Sketch of the medical history of the native army of Bombay, for the year
Year: 1876
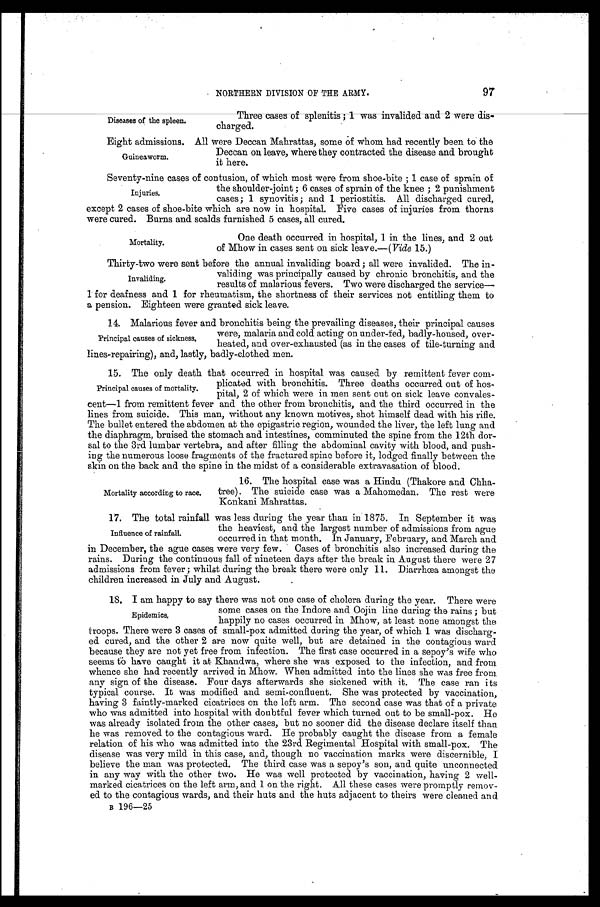
Diseases of the spleen.
Eight admissions.
Guineaworm.
NORTHERN DIVISION OF THE ARMY.
97
Three cases of splenitis; 1 was invalided and 2 were dis- charged.
All were Deccan Mahrattas, some of whom had recently been to the
Deccan on leave, where they contracted the disease and brought
it here.
Seventy-nine cases of contusion, of which most were from shoe-bite; I case of sprain of
the shoulder-joint; 6 cases of sprain of the knee; 2 punishment
cases; 1 synovitis; and 1 periostitis. All discharged cured,
except 2 cases of shoe-bite which are now in hospital. Five cases of injuries from thorns
were cured. Burns and scalds furnished 5 cases, all cured.
Injuries.
Mortality.
One death occurred in hospital, 1 in the lines, and 2 out
of Mhow in cases sent on sick leave.—( Vide 15.)
Thirty-two were sent before the annual invaliding board; all were invalided. The in
-
validing was principally caused by chronic bronchitis, and the
results of malarious fevers. Two were discharged the service
1 for deafness and 1 for rheumatism, the shortness of their services not entitling them to
a pension. Eighteen were granted sick leave.
1 4 . M a l a r i o u s f e v e r a n d b r o n c h i t i s b e i n g t h e p r e v a i l i n g d i s e a s e s , t h e i r p r i n c i p a l c a u s e s
were, malaria and cold acting on under-fed, badly-housed, over
-heated, and over-exhausted (as in the cases of tile-turning and
lines-repairing), and, lastly, badly-clothed men.
15. The only death that occurred in hospital was caused by remittent fever com
-
plicated with bronchitis. Three deaths occurred out of hos
-
pital, 2 of which were in men sent out on sick leave convales
-cent—1 from remittent fever and the other from bronchitis, and the third occurred in the
lines from suicide. This man, without any known motives, shot himself dead with his rifle.
The bullet entered the abdomen at the epigastric region, wounded the liver, the left lung and
the diaphragm, bruised the stomach and intestines, comminuted the spine from the 12th dor
-sal to the 3rd lumbar vertebra, and after filling the abdominal cavity with blood, and push
-ing the numerous loose fragments of the fractured spine before it, lodged finally between the
skin on the back and the spine in the midst of a considerable extravasation of blood.
Invaliding.
Principal causes of sickness.
Principal causes of mortality.
Mortality according to race.
16. The hospital case was a Hindu (Thakore and Chha
-tree). The suicide case was a Mahomedan. The rest were
Konkani Mahrattas.
1 7 . T h e t o t a l r a i n f a l l w a s l e s s d u r i n g t h e y e a r t h a n i n 1 8 7 5 . I n S e p t e m b e r i t w a s
the heaviest, and the largest number of admissions from ague
occurred in that month. In January, February, and March and
in December, the ague cases were very few. Cases of bronchitis also increased during the
rains. During the continuous fall of nineteen days after the break in August there were 27
admissions from fever; whilst during the break there were only 11. Diarrhœa amongst the
children increased in July and August.
18. I am happy to say there was not one case of cholera during the year. There were
some cases on the Indore and Oojin line during the rains; but
happily no cases occurred in Mhow, at least none amongst the
troops. There were 3 cases of small-pox admitted during the year, of which 1 was discharg
-ed cured, and the other 2 are now quite well, but are detained in the contagious ward
because they are not yet free from infection. The first case occurred in a sepoy's wife who
seems to have caught it at Khandwa, where she was exposed to the infection, and from
whence she had recently arrived in Mhow. When admitted into the lines she was free from
any sign of the disease. Four days afterwards she sickened with it. The case ran its
typical course. It was modified and semi-confluent. She was protected by vaccination,
having 3 faintly-marked cicatrices on the left arm. The second case was that of a private
who was admitted into hospital with doubtful fever which turned out to be small-pox. He
was already isolated from the other cases, but no sooner did the disease declare itself than
he was removed to the contagious ward. He probably caught the disease from a female
relation of his who was admitted into the 23rd Regimental Hospital with small-pox. The
disease was very mild in this case, and, though no vaccination marks were discernible, I
believe the man was protected. The third case was a sepoy's son, and quite unconnected
in any way with the other two. He was well protected by vaccination, having 2 well
-marked cicatrices on the left arm, and 1 on the right. All these cases were promptly remov--
ed to the contagious wards and their huts and the huts adjacent to theirs were cleaned and
B 196—25
Influence of rainfall.
Epidemics.